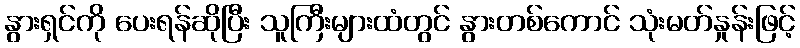
နွားရှင်ကို ပေးရန်ဆိုပြီး သူကြီးများထံတွင် နွားတစ်ကောင် သုံးမတ်နှုန်းဖြင့်